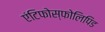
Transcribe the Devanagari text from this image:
एंटिफोस्फोलिपिड